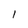
Character: 1